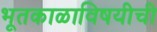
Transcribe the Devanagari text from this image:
भूतकाळाविषयीची